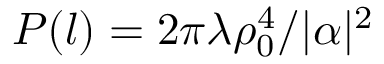
P ( l ) = 2 \pi \lambda \rho _ { 0 } ^ { 4 } / | \alpha | ^ { 2 }